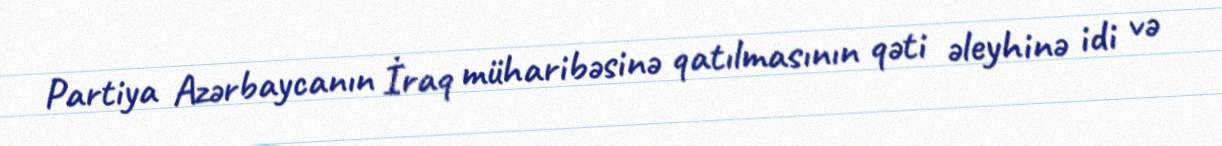
Partiya Azərbaycanın İraq müharibəsinə qatılmasının qəti əleyhinə idi və